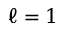
\ell = 1